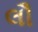
લૌ